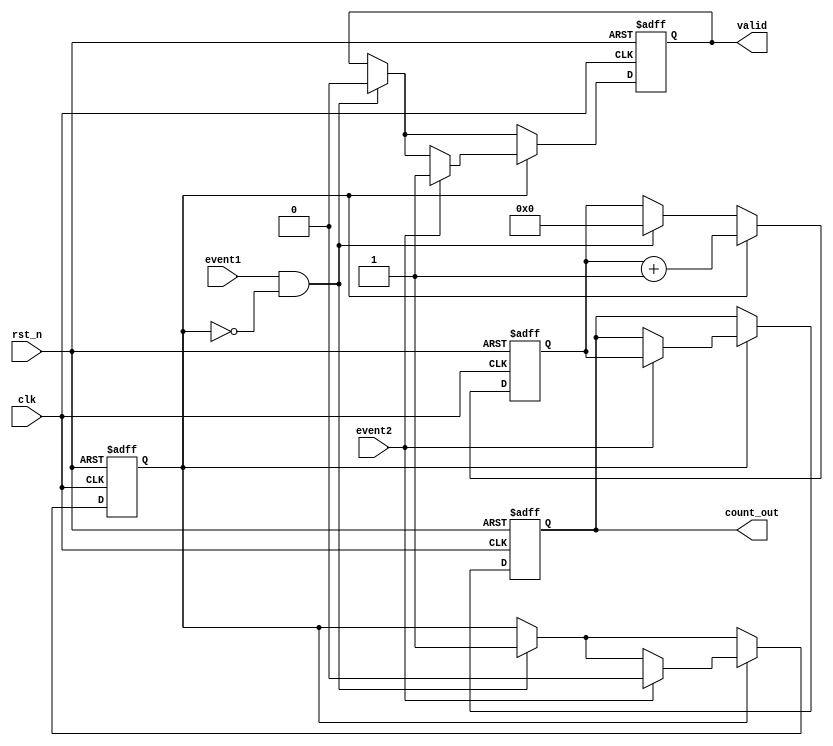
module TDC (
    input wire clk,                // Clock signal
    input wire rst_n,              // Asynchronous active-low reset
    input wire event1,             // First event input
    input wire event2,             // Second event input
    output reg [15:0] count_out,   // Count value output (16-bit)
    output reg valid               // Output valid signal
);

    reg [15:0] counter;           // 16-bit counter
    reg counting;                 // Flag to indicate counting state

    // Asynchronous reset and count management
    always @(posedge clk or negedge rst_n) begin
        if (!rst_n) begin
            counter <= 16'b0;      // Reset counter to zero
            count_out <= 16'b0;    // Reset output 
            valid <= 1'b0;          // Invalidate output initially
            counting <= 1'b0;       // Not counting
        end else begin
            if (event1 && !counting) begin
                // Start counting on the first event
                counting <= 1'b1;    // Begin counting
                counter <= 16'b0;     // Reset the counter
                valid <= 1'b0;        // Clear valid flag
            end
            
            if (counting) begin
                // Increment counter while counting
                counter <= counter + 1;

                if (event2) begin
                    // Stop counting on the second event
                    counting <= 1'b0;    // Stop counting
                    count_out <= counter; // Store the count value
                    valid <= 1'b1;        // Set valid flag
                end
            end
        end
    end

endmodule